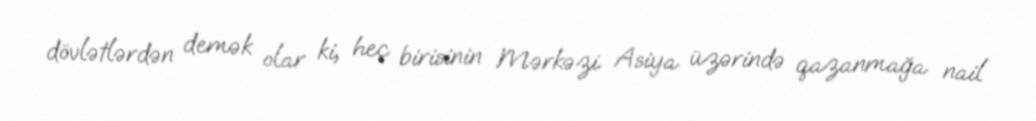
dövlətlərdən demək olar ki, heç birisinin Mərkəzi Asiya üzərində qazanmağa nail